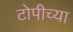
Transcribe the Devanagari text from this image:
टोपीच्या